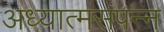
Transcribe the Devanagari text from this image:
अध्यात्मसंपन्न